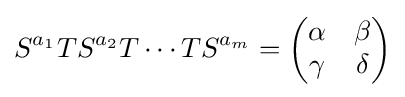
S^{a_{1}}TS^{a_{2}}T\cdots TS^{a_{m}}={\begin{pmatrix}\alpha &\beta \\\gamma &\delta \end{pmatrix}}